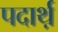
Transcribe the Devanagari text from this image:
पदार्थ़